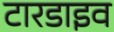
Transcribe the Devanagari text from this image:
टारडाइव